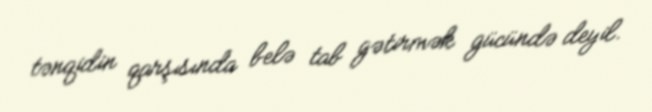
tənqidin qarşısında belə tab gətirmək gücündə deyil.